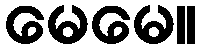
မေမေ။